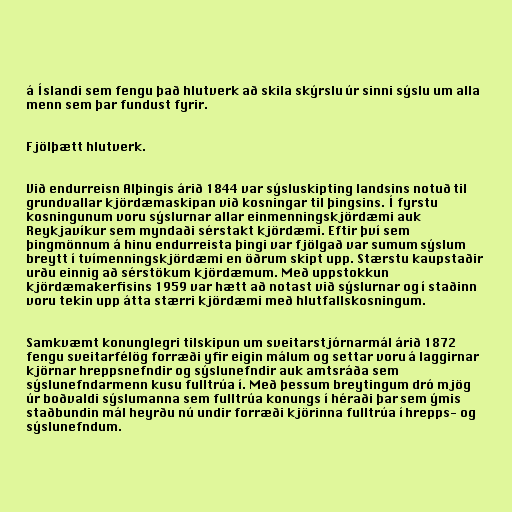
á Íslandi sem fengu það hlutverk að skila skýrslu úr sinni sýslu um alla
menn sem þar fundust fyrir.

Fjölþætt hlutverk.

Við endurreisn Alþingis árið 1844 var sýsluskipting landsins notuð til
grundvallar kjördæmaskipan við kosningar til þingsins. Í fyrstu
kosningunum voru sýslurnar allar einmenningskjördæmi auk
Reykjavíkur sem myndaði sérstakt kjördæmi. Eftir því sem
þingmönnum á hinu endurreista þingi var fjölgað var sumum sýslum
breytt í tvímenningskjördæmi en öðrum skipt upp. Stærstu kaupstaðir
urðu einnig að sérstökum kjördæmum. Með uppstokkun
kjördæmakerfisins 1959 var hætt að notast við sýslurnar og í staðinn
voru tekin upp átta stærri kjördæmi með hlutfallskosningum.

Samkvæmt konunglegri tilskipun um sveitarstjórnarmál árið 1872
fengu sveitarfélög forræði yfir eigin málum og settar voru á laggirnar
kjörnar hreppsnefndir og sýslunefndir auk amtsráða sem
sýslunefndarmenn kusu fulltrúa í. Með þessum breytingum dró mjög
úr boðvaldi sýslumanna sem fulltrúa konungs í héraði þar sem ýmis
staðbundin mál heyrðu nú undir forræði kjörinna fulltrúa í hrepps- og
sýslunefndum.